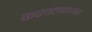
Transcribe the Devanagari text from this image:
करवलनगर